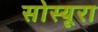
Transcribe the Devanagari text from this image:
सोस्यूरा